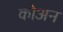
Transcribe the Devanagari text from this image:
कोअन